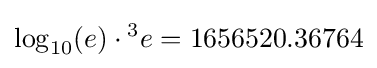
\log _{10}(e)\cdot {}^{3}e=1656520.36764